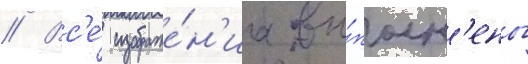
// Вс'е́ изображе́н'иа вы́полн'ены